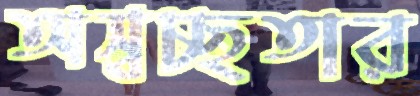
অস্বচ্ছতার